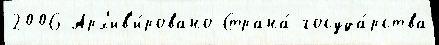
2006 Арх'ив'и́ровано Страна́ госуда́рства